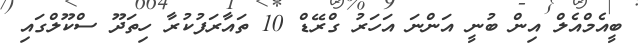
ބީއެމްއެލް އިން ބުނީ އަންނަ އަހަރު ގްރޭޑް 10 ތައާރަފުކުރާ ހިތަދޫ ސްކޫލްގައި